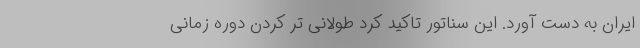
ایران به دست آورد. این سناتور تاکید کرد طولانی تر کردن دوره زمانی